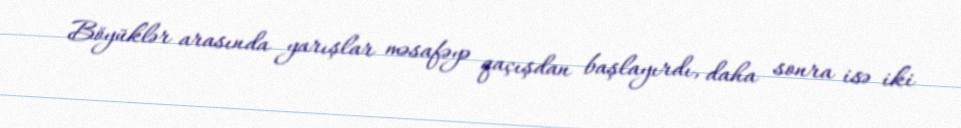
Böyüklər arasında yarışlar məsafəyə qaçışdan başlayırdı, daha sonra isə iki